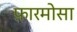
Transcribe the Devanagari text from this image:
फ़ारमोसा